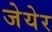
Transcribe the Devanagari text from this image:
जेयेर